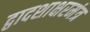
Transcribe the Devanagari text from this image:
द्वादशाक्षरमंत्र